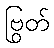
ဗြွတ်